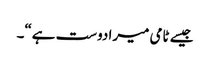
جیسے ٹامی میرا دوست ہے“۔